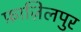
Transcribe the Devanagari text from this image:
फ़ाज़िलपुर